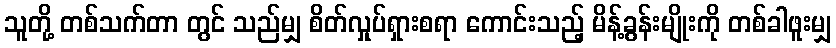
သူတို့ တစ်သက်တာ တွင် သည်မျှ စိတ်လှုပ်ရှားစရာ ကောင်းသည့် မိန့်ခွန်းမျိုးကို တစ်ခါဖူးမျှ